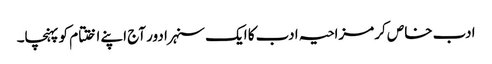
ادب خاص کر مزاحیہ ادب کا ایک سنہرا دور آج اپنے اختتام کو پہنچا۔